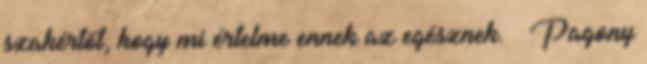
szakértőt, hogy mi értelme ennek az egésznek. – Pagony